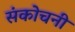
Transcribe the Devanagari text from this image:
संकोचनी